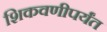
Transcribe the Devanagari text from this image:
शिकवणीपर्यंत